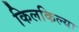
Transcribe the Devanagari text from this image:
किलकिल्या